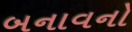
બનાવનો